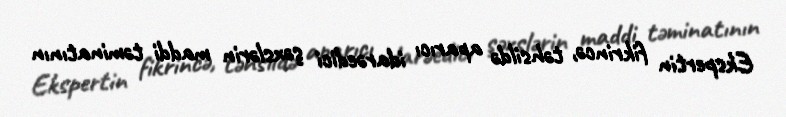
Ekspertin fikrincə, təhsildə aparıcı idarəedici şəxslərin maddi təminatının